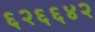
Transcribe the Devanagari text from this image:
६२६६४२